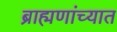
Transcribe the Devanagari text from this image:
ब्राह्मणांच्यात